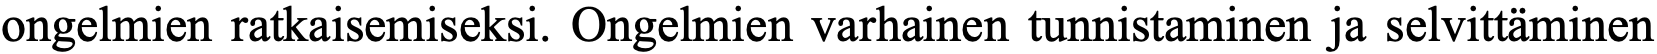
ongelmien ratkaisemiseksi. Ongelmien varhainen tunnistaminen ja selvittäminen